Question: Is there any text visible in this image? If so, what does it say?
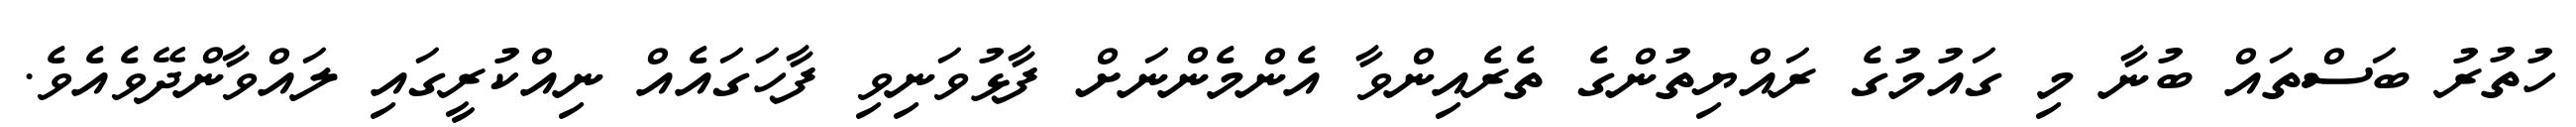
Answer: ހުތުރު ބަސްތައް ބުނާ މި ގައުމުގެ ރައްޔިތުންގެ ތެރެއިންވާ އެންމެންނަށް ފާޅުވަނިވި ފާހަގައެއް ނިއްކުރީގައި ލައްވާންދޭވެއެވެ.